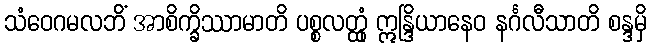
သံဝေဂမလဘိံ အာစိက္ခိဿာမာတိ ပစ္စလတ္ထုံ ဣန္ဒြိယာနေဝ နင်္ဂလီသာတိ စန္ဒမှိ